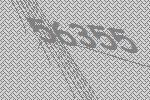
56355